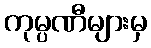
ကုမ္ပဏီများမှ